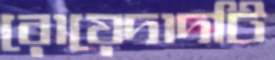
রোয়েদাদটি